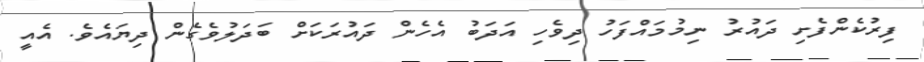
ފިރުކެންފެށި ދައުރު ނިމުމައްފަހު ދިވެހި އަދަބު އެހެން ދައުރަކަށް ބަދަލުވެގެން ދިޔައެވެ. އެއީ